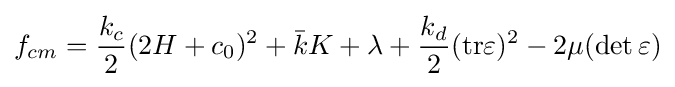
f_{cm}={\frac {k_{c}}{2}}(2H+c_{0})^{2}+{\bar {k}}K+\lambda +{\frac {k_{d}}{2}}(\mathrm {tr} \varepsilon )^{2}-2\mu (\det \varepsilon )